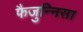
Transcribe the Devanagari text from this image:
फैजुन्निसा